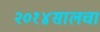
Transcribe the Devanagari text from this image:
२०१४सालचा